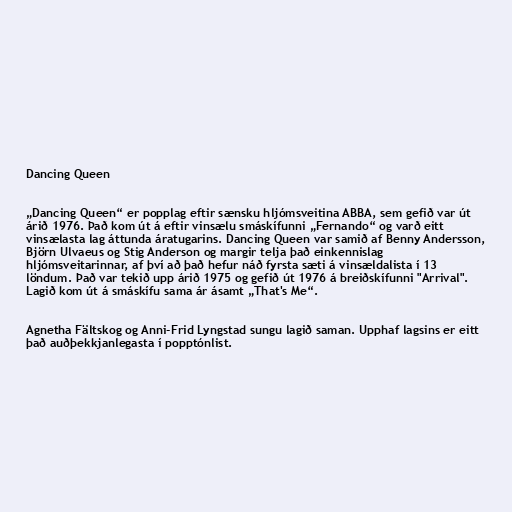
Dancing Queen

„Dancing Queen“ er popplag eftir sænsku hljómsveitina ABBA, sem gefið var út
árið 1976. Það kom út á eftir vinsælu smáskífunni „Fernando“ og varð eitt
vinsælasta lag áttunda áratugarins. Dancing Queen var samið af Benny Andersson,
Björn Ulvaeus og Stig Anderson og margir telja það einkennislag
hljómsveitarinnar, af því að það hefur náð fyrsta sæti á vinsældalista í 13
löndum. Það var tekið upp árið 1975 og gefið út 1976 á breiðskífunni "Arrival".
Lagið kom út á smáskífu sama ár ásamt „That's Me“.

Agnetha Fältskog og Anni-Frid Lyngstad sungu lagið saman. Upphaf lagsins er eitt
það auðþekkjanlegasta í popptónlist.